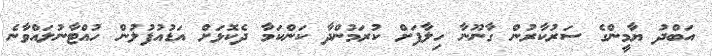
އަބްދު ޔާމީންގެ ސަރުކާރުން ގާނޫނާ ހިލާފަށް ކުރަމުންދާ ކަންކަމާ ދެކޮޅަށް އަޑުއުފުލުން ހުއްޓާނުލައްވާނެ